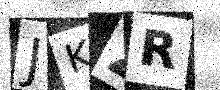
Text: JKZR